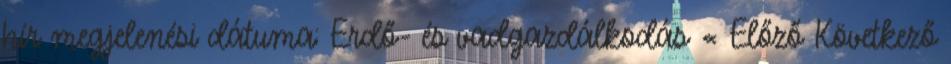
hír megjelenési dátuma: Erdő- és vadgazdálkodás « Előző Következő